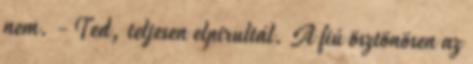
nem. - Ted, teljesen elpirultál. A fiú ösztönösen az